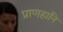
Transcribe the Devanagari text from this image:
प्राणहानि